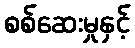
စစ်ဆေးမှုနှင့်